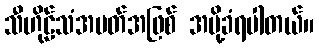
သီဟိုဠ်သံအမတ်အဖြစ် အပို့ခံရပါတယ်။